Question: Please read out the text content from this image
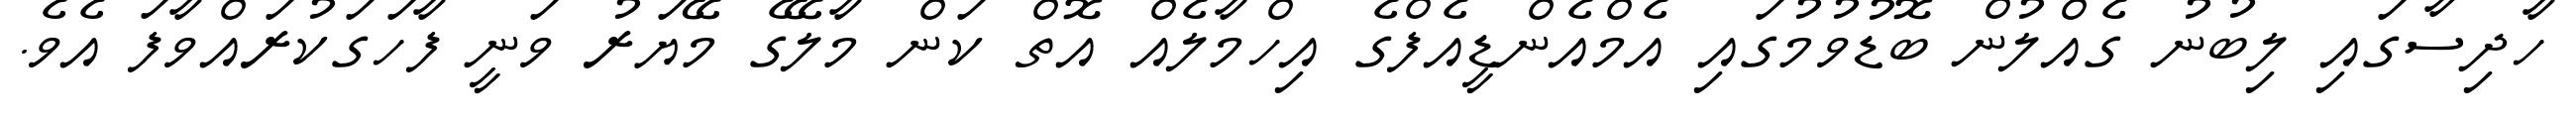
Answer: ހާދިސާގައި ލިބުނު ގެއްލުން ބޮޑުވުމުގައި އެމްއެންޑީއެފްގެ އިހްމާލެއް އޮތް ކަން މާލޭގެ މޭޔަރު ވަނީ ފާހަގަކުރައްވާފަ އެވެ.